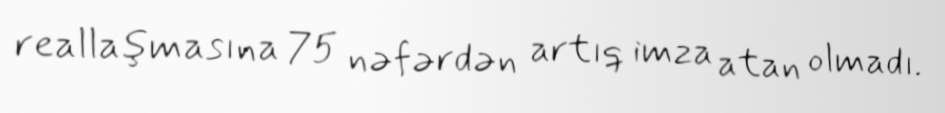
reallaşmasına 75 nəfərdən artıq imza atan olmadı.